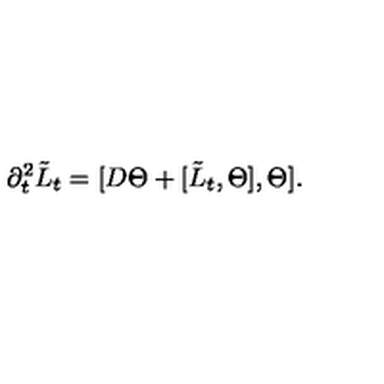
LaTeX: \partial _ { t } ^ { 2 } \tilde { L } _ { t } = [ D \Theta + [ \tilde { L } _ { t } , \Theta ] , \Theta ] .